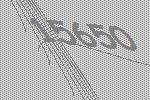
15650